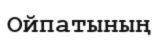
Ойпатының